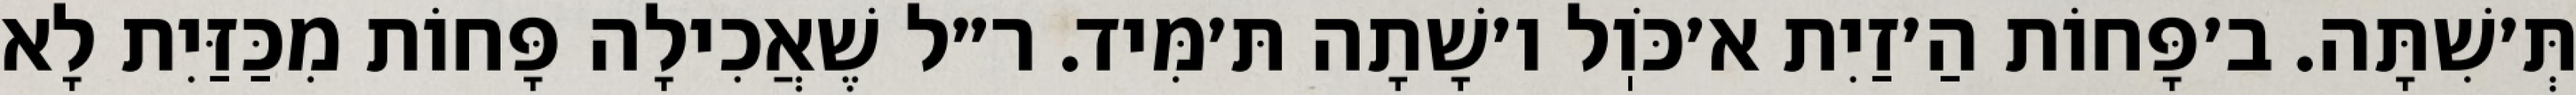
תְּ׳שִׁתָּה. ב׳פָּחוֹת הַ׳זַיִת א׳כֹּוֽל ו׳שָׁתָה תּ׳מִּיד. ר״ל שֶׁאֲכִילָה פָּחוֹת מִכַּזַּיִת לָא